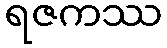
ရဇကဿ